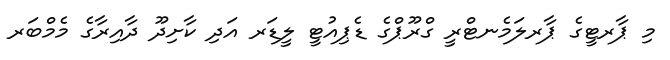
މި ޕާރޓީގެ ޕާރލަމެނޓްރީ ގްރޫޕްގެ ޑެޕިއުޓީ ލީޑަރ އަދި ކާށިދޫ ދާއިރާގެ މެމްބަރ